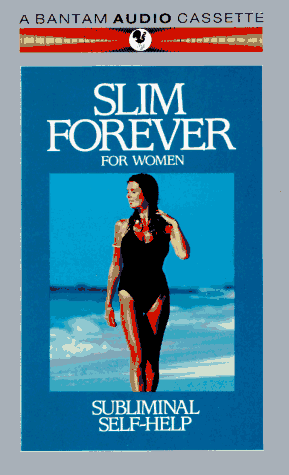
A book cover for Slim Forever for Women: Subliminal Self-Help; Audio Activation; Health, Fitness & Dieting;